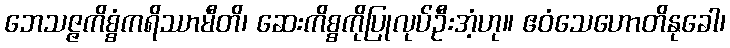
ဘေသဇ္ဇကိစ္စံကရိဿာမီတိ၊ ဆေးကိစ္စကိုပြုလုပ်ဦးအံ့ဟု။ ဧဝံသေဟောတိနုခေါ၊